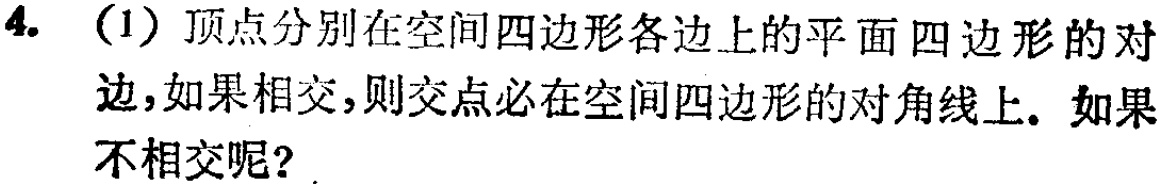
4. （1）顶点分别在空间四边形各边上的平面四边形的对边，如果相交，则交点必在空间四边形的对角线上。如果不相交呢？